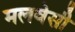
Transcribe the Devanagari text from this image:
मलवेसी